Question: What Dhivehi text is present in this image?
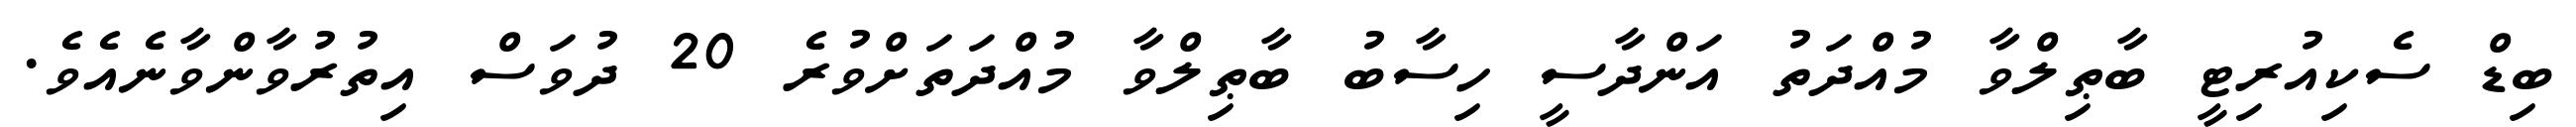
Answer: ބިޑް ސެކިއުރިޓީ ބާޠިލްވާ މުއްދަތު އަންދާސީ ހިސާބު ބާޠިލްވާ މުއްދަތަށްވުރެ 20 ދުވަސް އިތުރުވާންވާނެއެވެ.